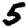
Digit: 5